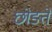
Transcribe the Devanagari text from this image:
छोङते